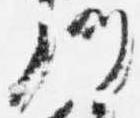
門